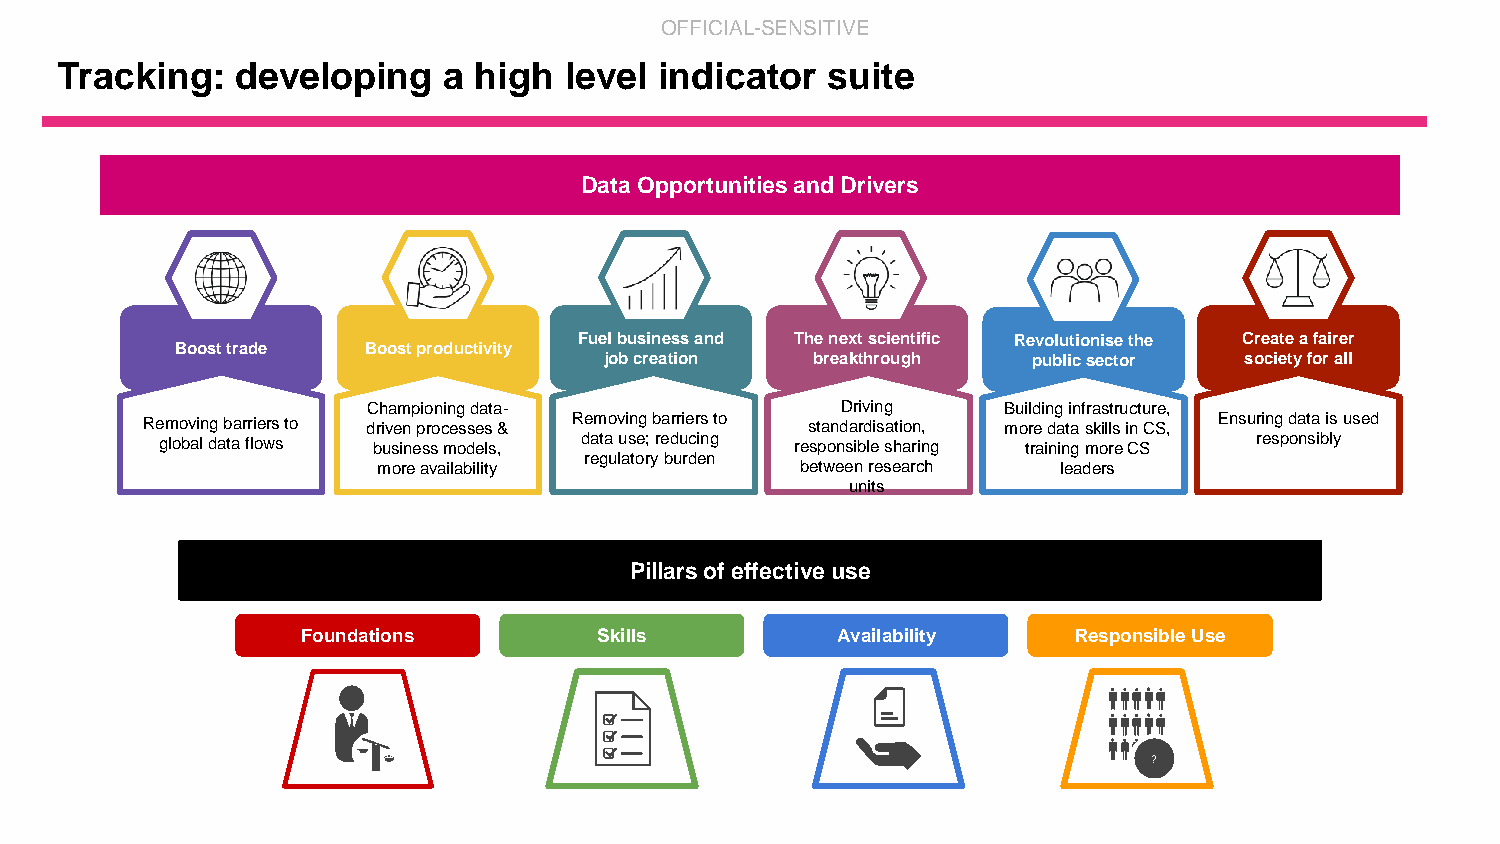
OFFICIAL-SENSITIVE
 Tracking:   developing   a high  level  indicator  suite
 Data Opportunities and Drivers
 Fuel business and The next scientific Revolutionise the Create a fairer
 Boost trade Boost productivity
 job creation  breakthrough  public sector society for all
 Championing data-               Driving   Building infrastructure,
 Removing barriers to driven processes & Removing barriers to standardisation, more data skills in CS, Ensuring data is used
 global data flows business models, data use; reducing responsible sharing training more CS responsibly
 regulatory burden
 more availability           between research leaders
 units
 Pillars of effective use
 Foundations         Skills         Availability    Responsible Use
 ?